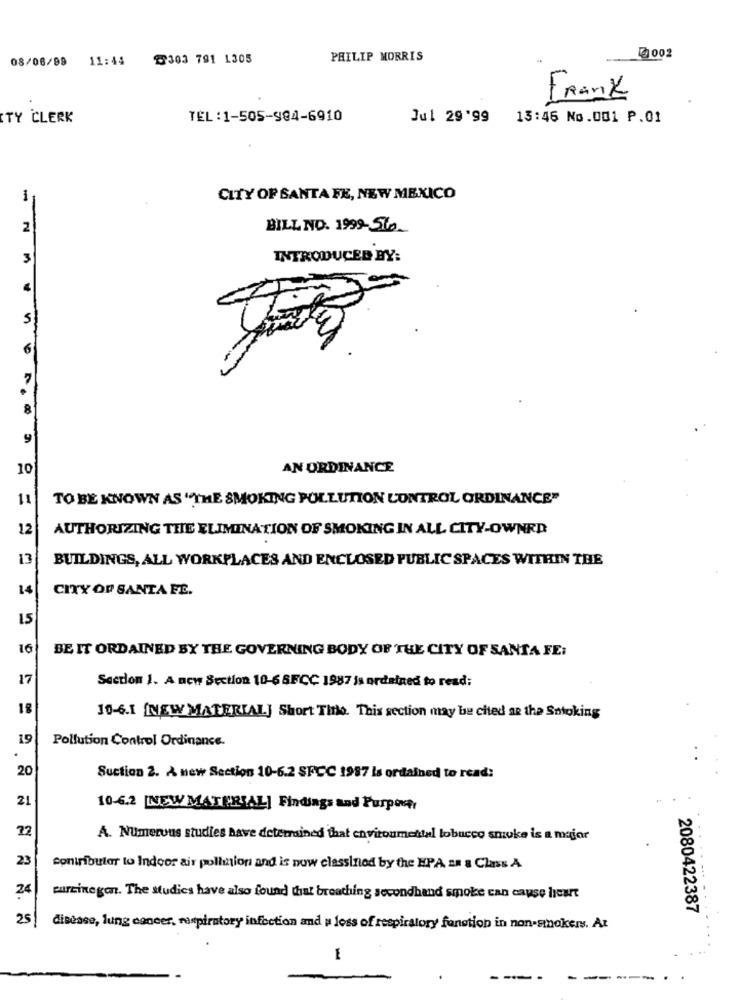
3002
08/08/99 11:44 1303 791 1305
PHILIP MORRIS
Frank
TY CLERK
TEL:1-505-984-6910
Jul 29'99 13:46 No.001 P.01
1
CITY OF SANTA FE, NEW MEXICO
2
BILL NO. 1999-560_
3
INTRODUCED BY:
4
5
6
7
8
9
10
AN ORDINANCE
11
TO BE KNOWN AS "THE SMOKING POLLUTION CONTROL ORDINANCE"
12
AUTHORIZING THE ELIMINATION OF SMOKING IN ALL CITY-OWNED
13
BUILDINGS, ALL WORKPLACES AND ENCLOSED PUBLIC SPACES WITHIN THE
14
CITY OF SANTA FE.
16
BE IT ORDAINED BY THE GOVERNING BODY OF THE CITY OF SANTA FE:
17
Section 1. A new Section 10-6 SFCC 1987 is ordained to read;
18
10-6.1 [NEW MATERIAL] Short Title. This section may be cited at the Smoking
19
Pollution Control Ordinance.
20
Suction 2. A new Section 10-6.2 SFCC 1997 Is ordained to read:
21
10-6.2 NEW MATERIAL] Findings and Purpose
22
A. Numerous studies have determined that environmental lobucco snike is a major
23
contributor to Indoor air pollution and is now classined by the HPA an a Class A
24
curcinegen. The studies have also found that breathing secondhand smoke can cause heart
2080422387
25
disease, lung cancer, respiratory infection and a loss of respiratory fonction in non-smokers. At
E